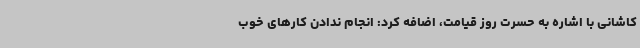
کاشانی با اشاره به حسرت روز قیامت، اضافه کرد: انجام ندادن کارهای خوب